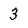
Character: 3